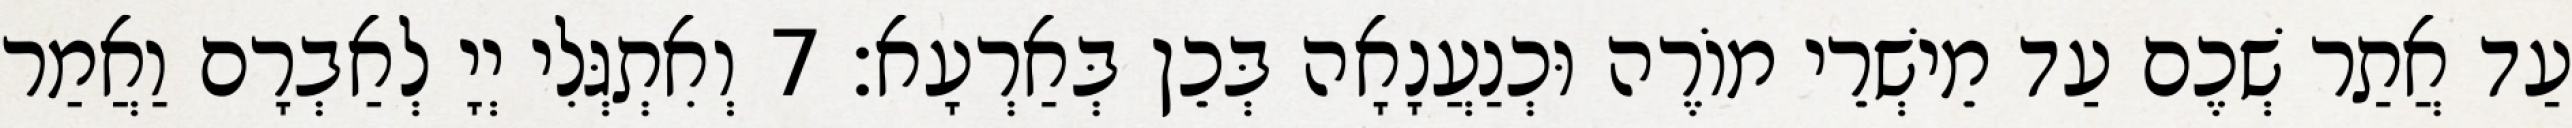
עַד אֲתַר שְׁכֶם עַד מֵישְׁרֵי מוֹרֶה וּכְנַעֲנָאָה בְּכֵן בְּאַרְעָא׃ 7 וְאִתְגְּלִי יְיָ לְאַבְרָם וַאֲמַר